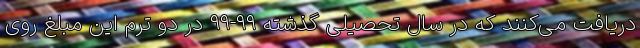
دریافت می‌کنند که در سال تحصیلی گذشته ۹۹-۹۹ در دو ترم این مبلغ روی